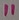
Text: 11